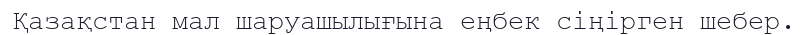
Қазақстан мал шаруашылығына еңбек сіңірген шебер.